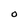
Character: O